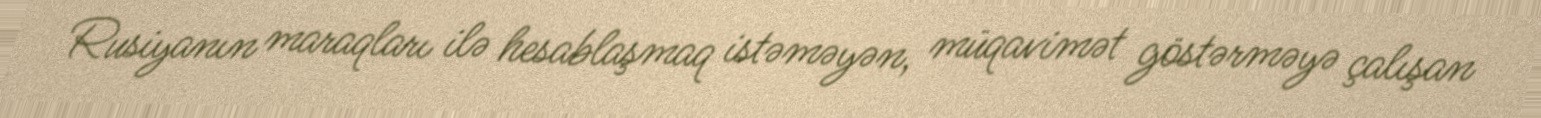
Rusiyanın maraqları ilə hesablaşmaq istəməyən, müqavimət göstərməyə çalışan